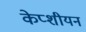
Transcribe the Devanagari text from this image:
केप्शीयन